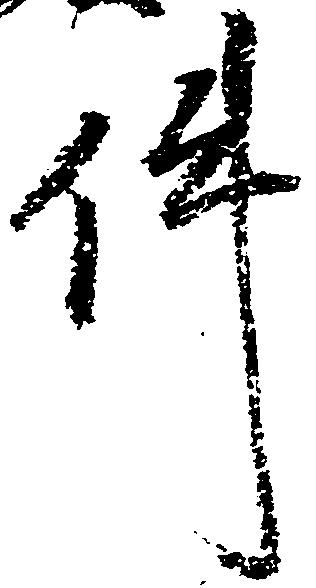
件